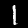
Digit: 1